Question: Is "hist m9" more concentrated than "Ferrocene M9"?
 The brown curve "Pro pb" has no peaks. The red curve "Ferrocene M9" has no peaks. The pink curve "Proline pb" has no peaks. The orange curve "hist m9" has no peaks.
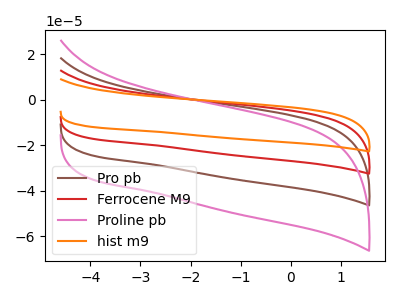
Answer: <think>Neither "hist m9" or "Ferrocene M9" have any peaks.
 </think>
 <answer>I cant tell if "hist m9" or "Ferrocene M9" has higher concentration.</answer>
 <eval>mixed_concentration</eval>